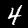
Digit: 4